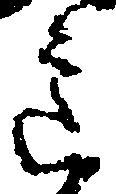
意